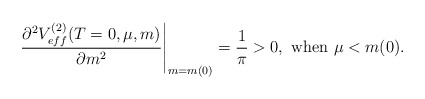
\begin{align*}\left.\frac{\partial^2V_{eff}^{(2)}(T=0,\mu,m)}{\partial m^2}\right|_{m=m(0)}=\frac{1}{\pi}>0, \ {\rm when} \ \mu<m(0).\end{align*}